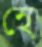
হে